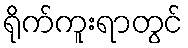
ရိုက်ကူးရာတွင်